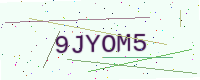
Text: 9JYOM5